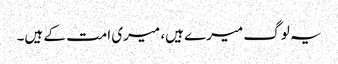
یہ لوگ میرے ہیں، میری امت کے ہیں۔